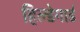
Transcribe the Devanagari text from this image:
हिल्डेगार्ड